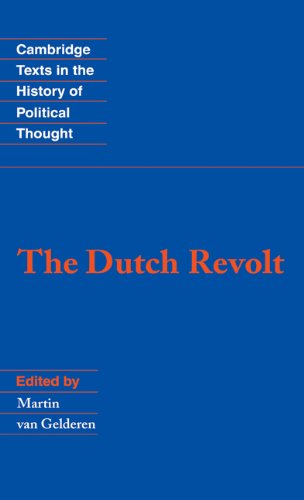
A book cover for The Dutch Revolt (Cambridge Texts in the History of Political Thought); History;